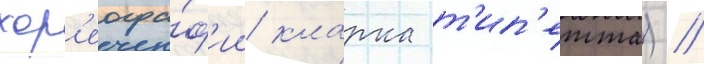
хор'еогра́ф'ии кларка т'ип'етта) /